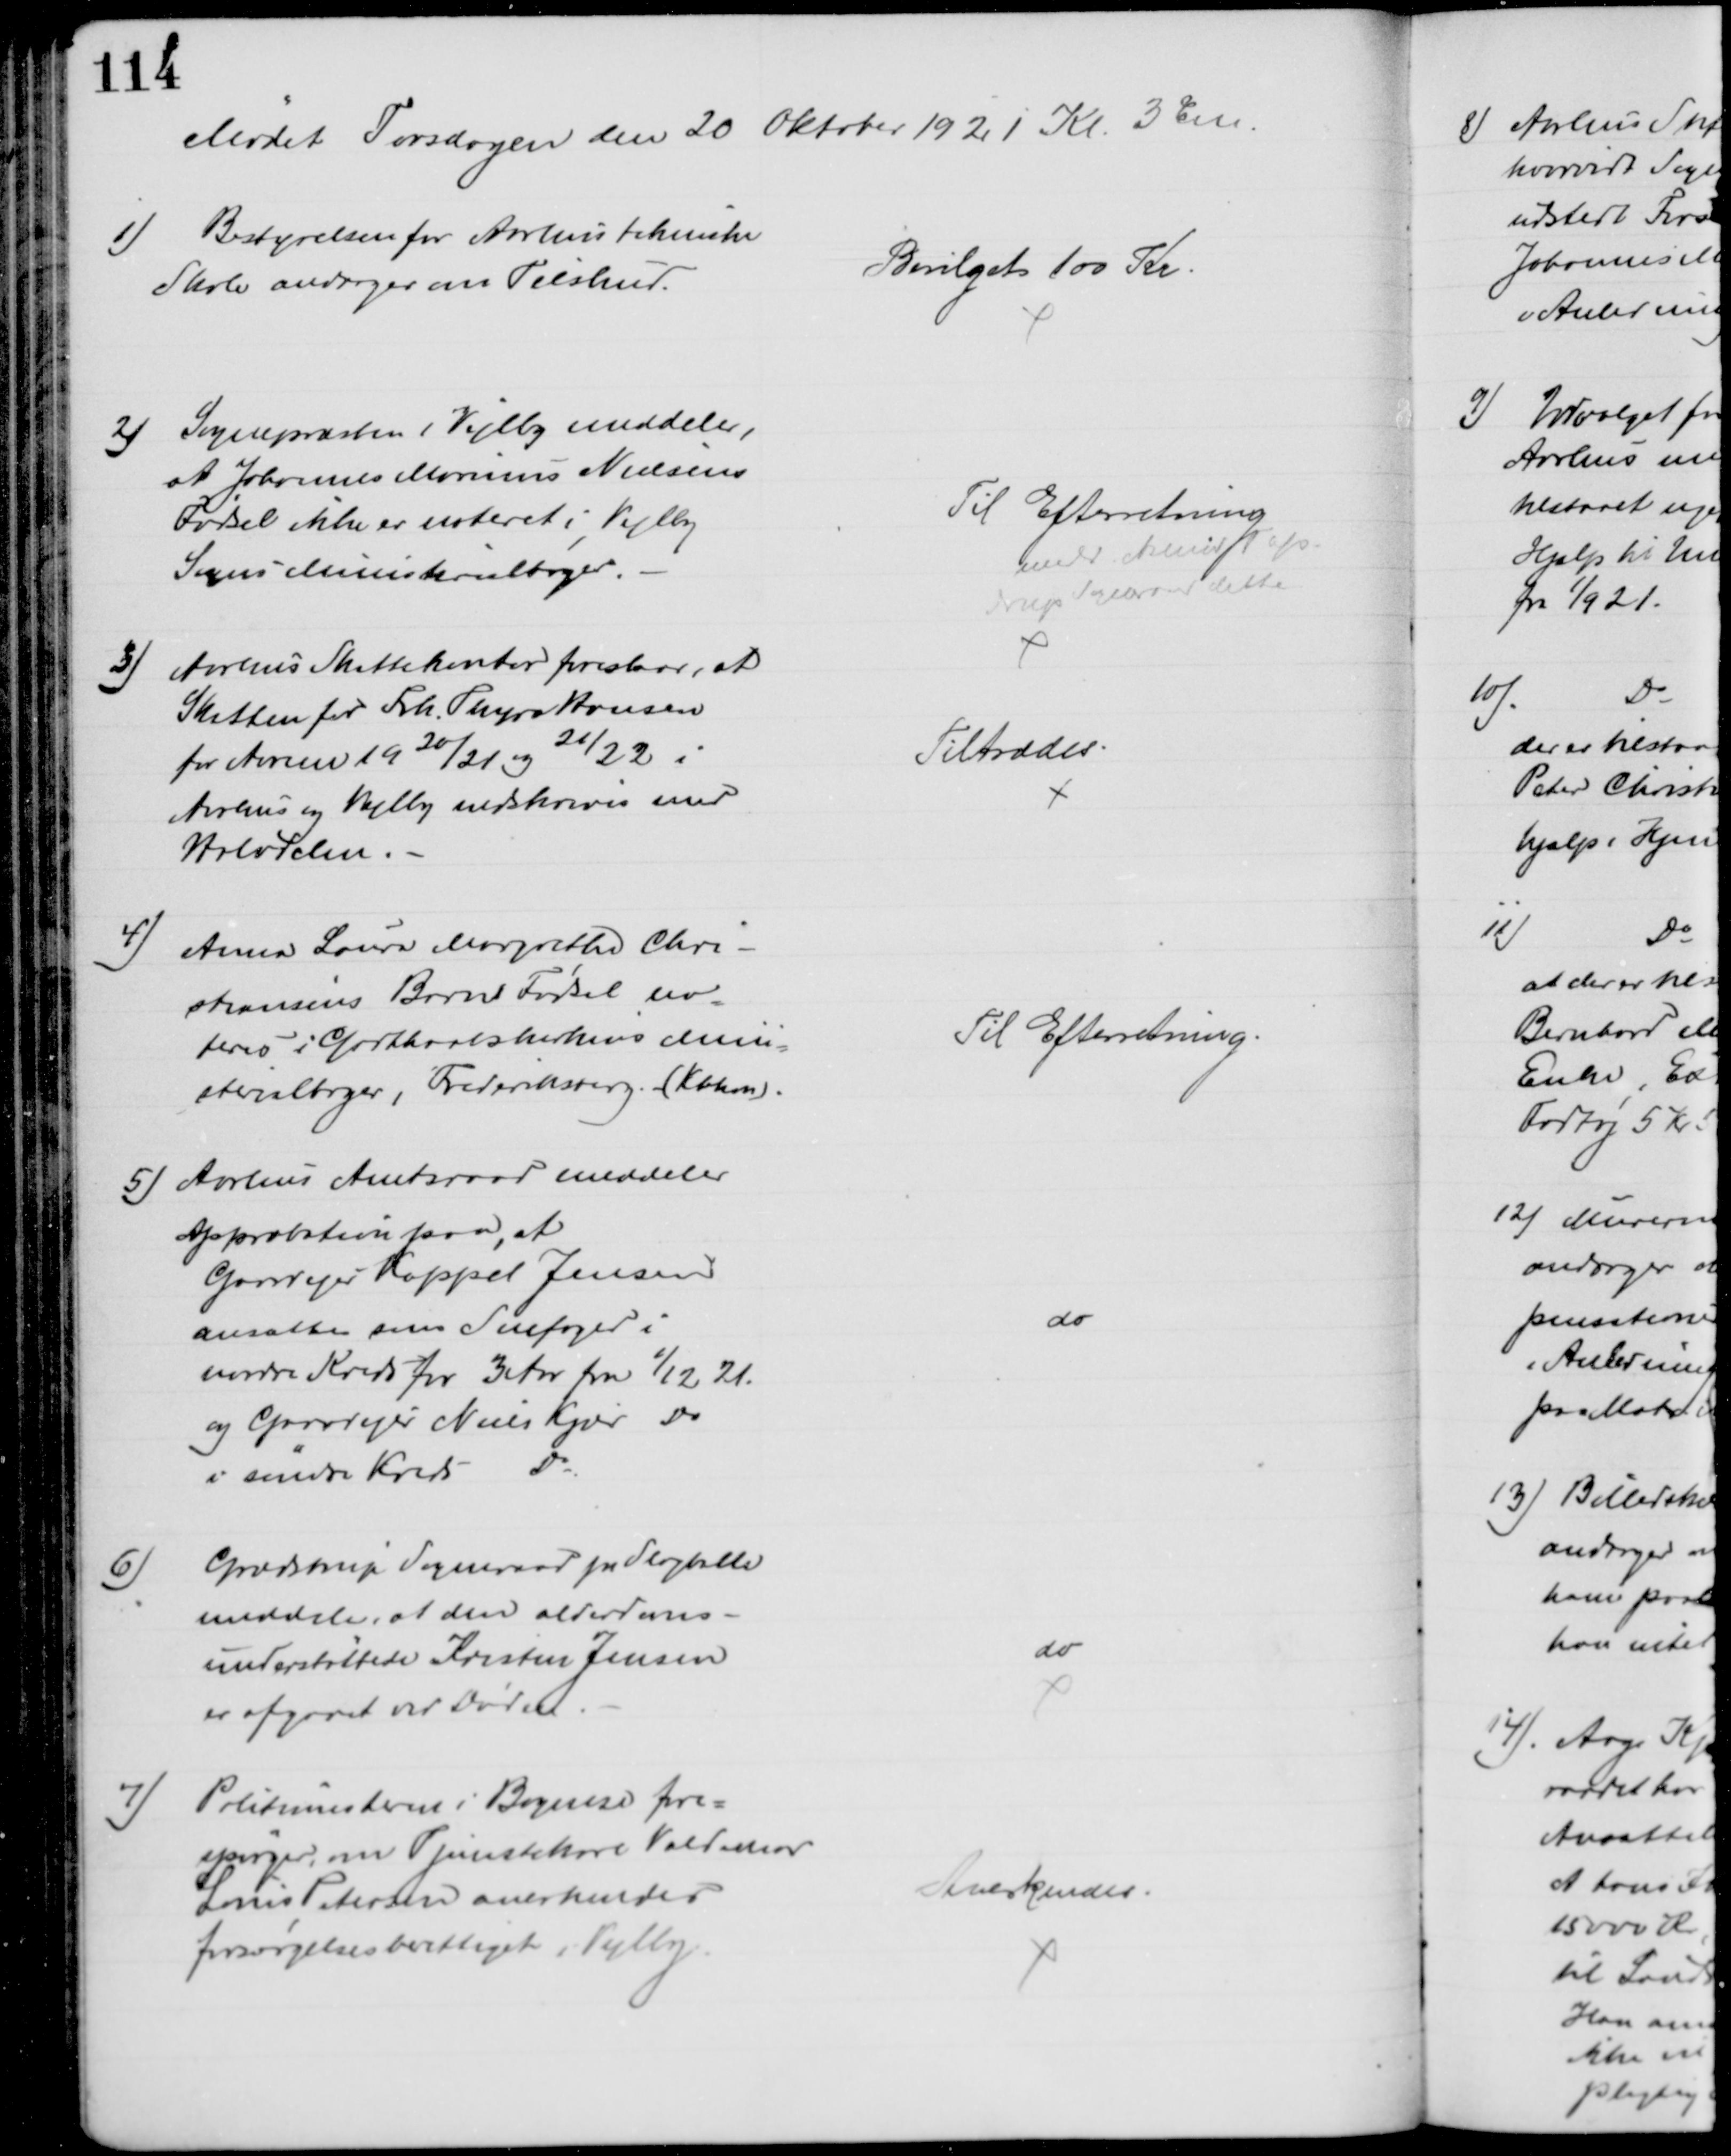
Transskription:
Mødet Torsdagen den 20 Oktober 1921 Kl. 3 Em.
1)
Bestyrelsen for Aarhus tekniske
Skole andrager om Tilskud.
Bevilget 100 Kr.
2)
Sognepræsten i Vejlby meddeler,
at Johannes Marinus Nielsens
Fødsel ikke er noteret i Vejlby
Sogns Ministerialbøger.
Til Efterretning
medd. Asmild Tap-
drup Sogneraad dette
3)
Aarhus Skattekontor foreslaar, at
Skatten for Frk. Thyra Hansen
for Aarene 1920/21 og 21/22 i
Aarhus og Vejlby nedskrives med
Halvdelen.
Tiltrædes
4)
Anna Laura Margrethe Chri-
stiansens Barns Fødsel no-
teres i Godthaabskirkens Mini-
sterialbøger, Frederiksberg. (Kbhvn).
Til Efterretning.
5) Aarhus Amtsraad meddeler
Approbation paa, at
Gaardejer Kappel Jensen
ansættes som Snefoged i
nordre Kreds for 3 Aar fra 1/12 21.
og Gaardejer Niels Kjær Do
i søndre Kreds Do
do
6)
Grædstrup Sogneraad pr Slagballe
meddeler, at den alderdoms-
understøttede Kristen Jensen
er afgaaet ved Døden
do
7) Politimesteren i Bogense fore=
spørger om Tjenestekarl Valdemar
Louis Petersen anerkendes
forsørgelsesberettiget i Vejlby.
Anerkendes.